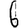
Digit: 6